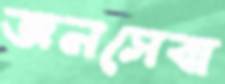
জনসেবা